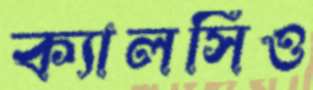
ক্যালসিও